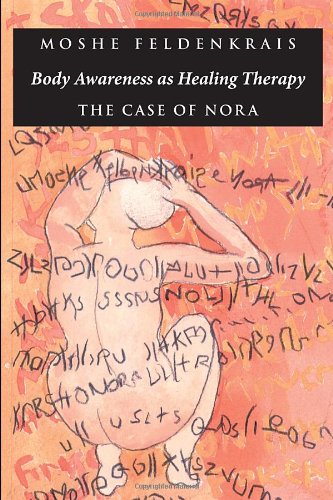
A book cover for Body Awareness as Healing Therapy: The Case of Nora; Moshe Feldenkrais; Health, Fitness & Dieting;